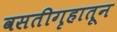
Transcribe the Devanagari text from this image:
वसतीगृहातून